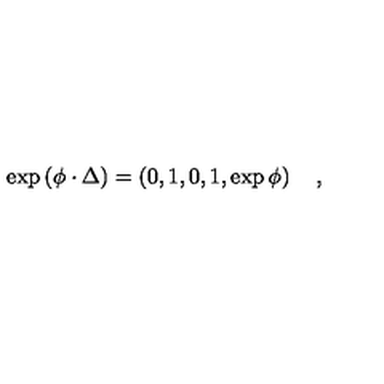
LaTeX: \exp \left( \phi \cdot \Delta \right) = \left( 0 , 1 , 0 , 1 , \exp \phi \right) \quad ,